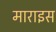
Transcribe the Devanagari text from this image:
माराइस